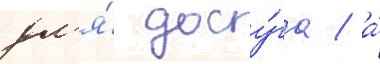
дл'я́ досу́га / а́